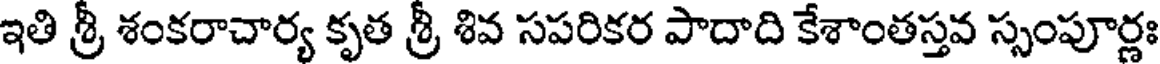
ఇతి శ్రీ శంకరాచార్య కృత శ్రీ శివ సపరికర పాదాది కేశాంతస్తవ స్సంపూర్ణః